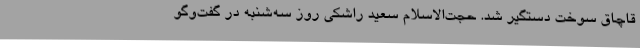
قاچاق سوخت دستگیر شد. حجت‌الاسلام سعید راشکی روز سه‌شنبه در گفت‌وگو